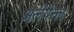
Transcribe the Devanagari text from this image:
अलेपेत्ल